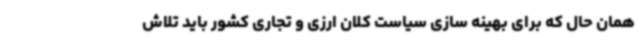
همان حال که برای بهینه سازی سیاست کلان ارزی و تجاری کشور باید تلاش